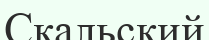
Скальский